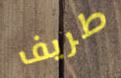
طريف